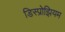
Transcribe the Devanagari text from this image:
डिस्प्रोझियम